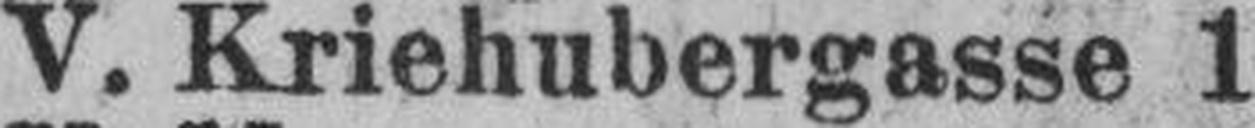
V. Kriehubergasse 1